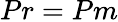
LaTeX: Pr=Pm